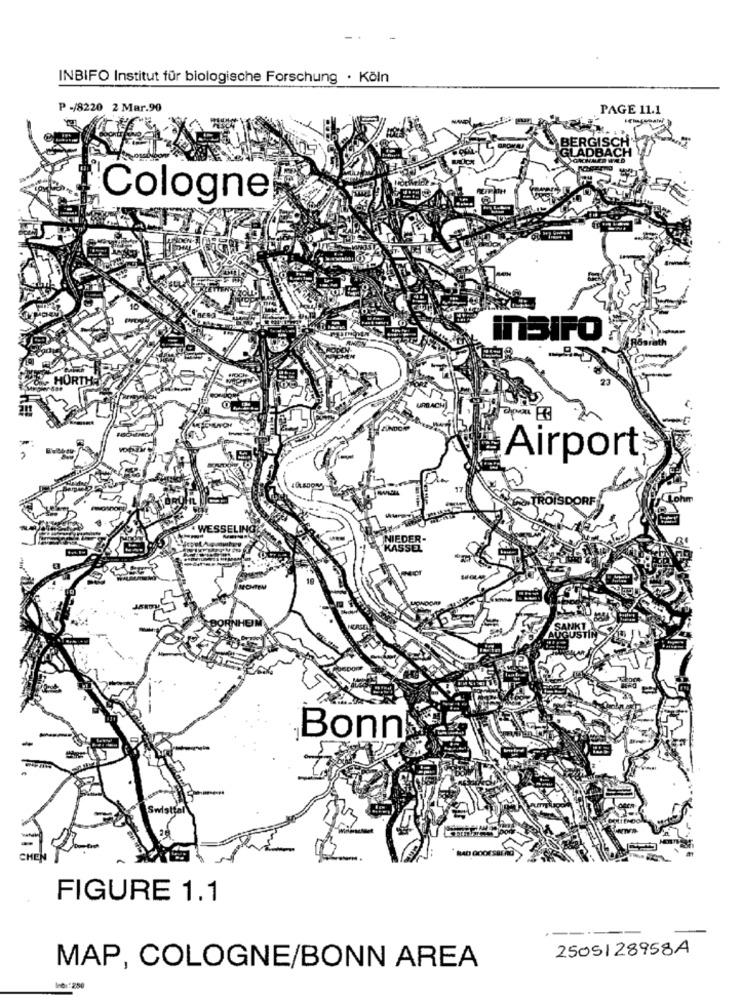
INBIFO Institut für biologische Forschung · Köln
P -/8220 2 Mar.90
PAGE 11.1
BER
Cologne
10
inSIFO
Airport
TROISDORF
WESSELING
UGUST
Bonn
BAD GOO
FIGURE 1.1
2505128958A
MAP, COLOGNE/BONN AREA